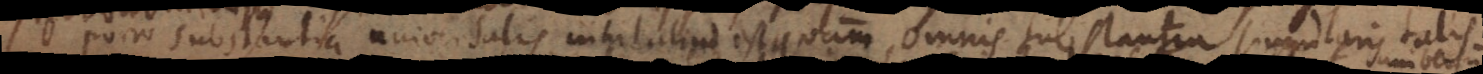
Porro substantia universalis nihil aliud est quam omnis substantia singularis talis